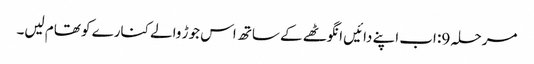
مرحلہ 9: اب اپنے دائیں انگوٹھے کے ساتھ اس جوڑ والے کنارے کو تھام لیں۔